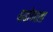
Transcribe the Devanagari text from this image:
याडोंगराला